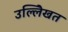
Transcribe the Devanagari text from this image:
उल्लेिखत